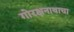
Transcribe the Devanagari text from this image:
गोरक्षनाथाचा